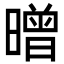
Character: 㬝